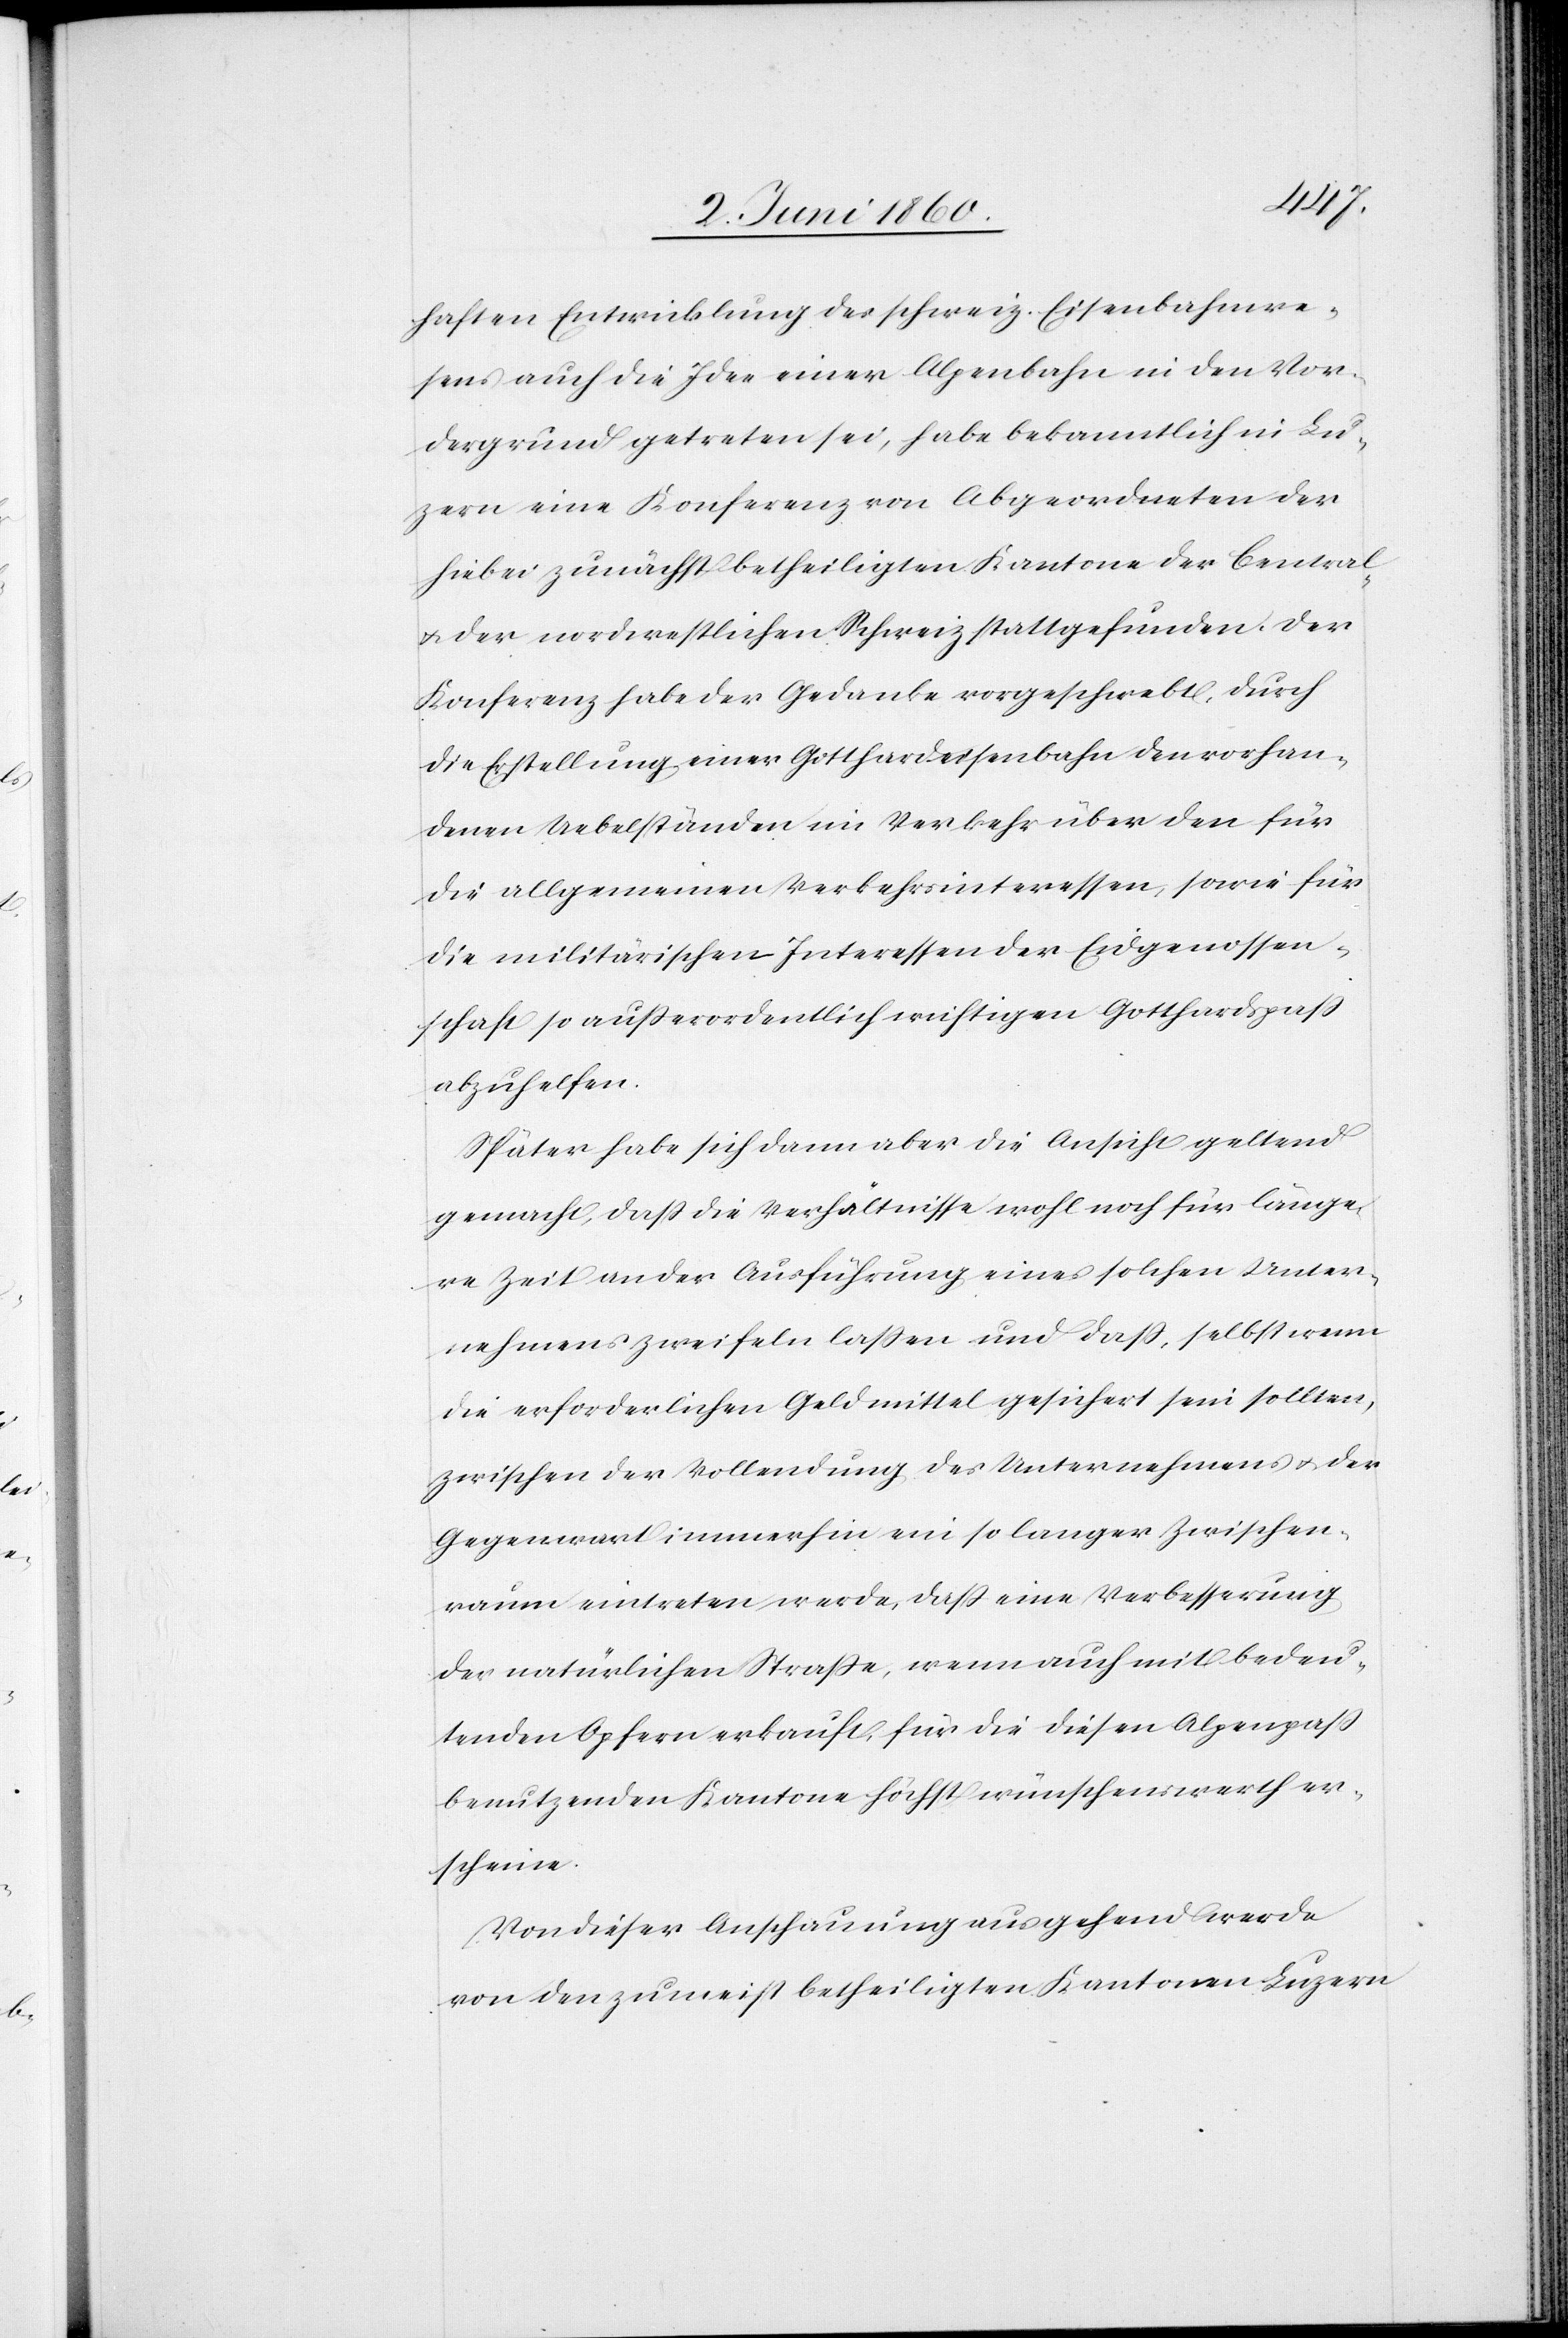
haften Entwicklung des schweiz. Eisenbahnwe¬
sens auch die Idee einer Alpenbahn in den Vor¬
dergrund getreten sei, habe bekanntlich in Lu¬
zern eine Konferenz von Abgeordneten der
hiebei zunächst betheiligten Kantone der Central-
u. der nordwestlichen Schweiz stattgefunden. Der
Konferenz habe der Gedanke vorgeschwebt, durch
die Erstellung einer Gotthardeisenbahn den vorhan¬
denen Uebelständen im Verkehr über den für
die allgemeinen Verkehrsinteressen, sowie für
die militärischen Interessen der Eidgenossen¬
schaft so ausserordentlich wichtigen Gotthardspass
abzuhelfen.
Später habe sich dann aber die Ansicht geltend
gemacht, dass die Verhältnisse wohl noch für länge¬
re Zeit an der Ausführung eines solchen Unter¬
nehmens zweifeln lassen und dass, selbst wenn
die erforderlichen Geldmittel gesichert sein sollten,
zwischen der Vollendung des Unternehmens u. der
Gegenwart immerhin ein so langer Zwischen¬
raum eintreten werde, dass eine Verbesserung
der natürlichen Strasse, wenn auch mit bedeu¬
tenden Opfern erkauft, für die diesen Alpenpaß
benutzenden Kantone höchst wünschenswerth er¬
scheine.
Von dieser Anschauung ausgehend werde
von den zumeist betheiligten Kantonen Luzern